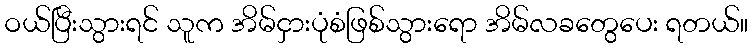
ဝယ်ပြီးသွားရင် သူက အိမ်ငှားပုံစံဖြစ်သွားရော အိမ်လခတွေပေး ရတယ်။